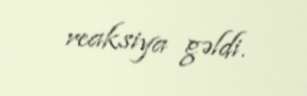
reaksiya gəldi.